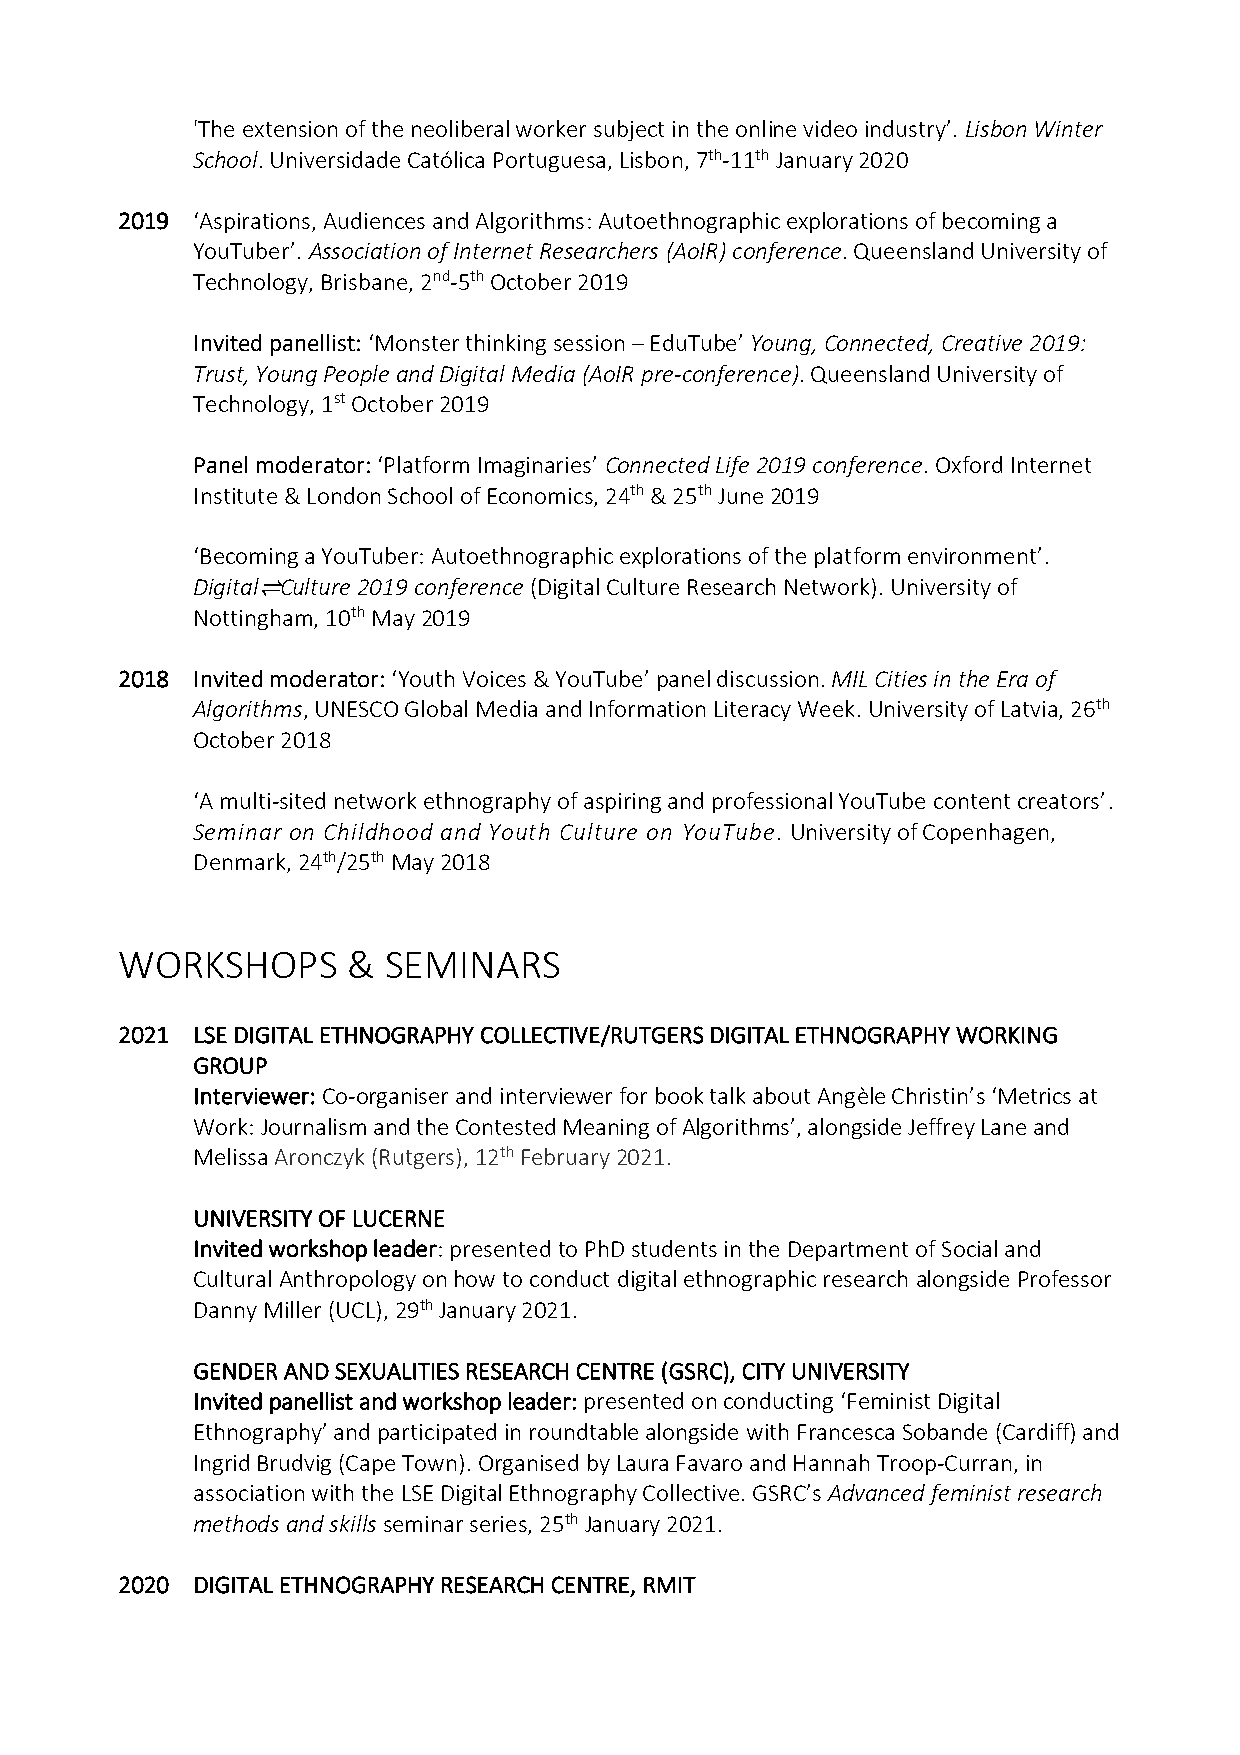
'The extension of the neoliberal worker subject in the online video industry’. Lisbon Winter
 School. Universidade Católica Portuguesa, Lisbon, 7th-11th January 2020
 2019 ‘Aspirations, Audiences and Algorithms: Autoethnographic explorations of becoming a
 YouTuber’. Association of Internet Researchers (AoIR) conference. Queensland University of
 Technology, Brisbane, 2nd-5th October 2019
 Invited panellist: ‘Monster thinking session – EduTube’ Young, Connected, Creative 2019:
 Trust, Young People and Digital Media (AoIR pre-conference). Queensland University of
 Technology, 1st October 2019
 Panel moderator: ‘Platform Imaginaries’ Connected Life 2019 conference. Oxford Internet
 Institute & London School of Economics, 24th & 25th June 2019
 ‘Becoming a YouTuber: Autoethnographic explorations of the platform environment’.
 Digital⇌Culture 2019 conference (Digital Culture Research Network). University of
 Nottingham, 10th May 2019
 2018 Invited moderator: ‘Youth Voices & YouTube’ panel discussion. MIL Cities in the Era of
 Algorithms, UNESCO Global Media and Information Literacy Week. University of Latvia, 26th
 October 2018
 ‘A multi-sited network ethnography of aspiring and professional YouTube content creators’.
 Seminar on Childhood and Youth Culture on YouTube. University of Copenhagen,
 Denmark, 24th/25th May 2018
 WORKSHOPS      & SEMINARS
 2021 LSE DIGITAL ETHNOGRAPHY COLLECTIVE/RUTGERS DIGITAL ETHNOGRAPHY WORKING
 GROUP
 Interviewer: Co-organiser and interviewer for book talk about Angèle Christin’s ‘Metrics at
 Work: Journalism and the Contested Meaning of Algorithms’, alongside Jeffrey Lane and
 Melissa Aronczyk (Rutgers), 12th February 2021.
 UNIVERSITY OF LUCERNE
 Invited workshop leader: presented to PhD students in the Department of Social and
 Cultural Anthropology on how to conduct digital ethnographic research alongside Professor
 Danny Miller (UCL), 29th January 2021.
 GENDER AND SEXUALITIES RESEARCH CENTRE (GSRC), CITY UNIVERSITY
 Invited panellist and workshop leader: presented on conducting ‘Feminist Digital
 Ethnography’ and participated in roundtable alongside with Francesca Sobande (Cardiff) and
 Ingrid Brudvig (Cape Town). Organised by Laura Favaro and Hannah Troop-Curran, in
 association with the LSE Digital Ethnography Collective. GSRC’s Advanced feminist research
 methods and skills seminar series, 25th January 2021.
 2020 DIGITAL ETHNOGRAPHY RESEARCH CENTRE, RMIT